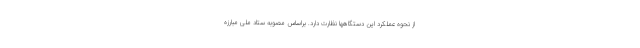
از نحوه عملکرد این دستگاهها نظارت دارد. براساس مصوبه ستاد ملی مبارزه